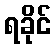
ရခိုင်